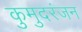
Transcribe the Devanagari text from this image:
कुमुदरंजन